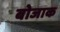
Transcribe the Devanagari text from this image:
बोजाक